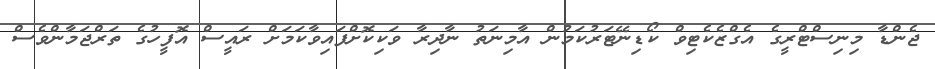
ޖެންޑާ މިނިސްޓްރީގެ އެގްޒެކެޓިވް ކޯޑިނޭޓަރުކަމުން އާމިނަތު ނާދިރާ ވަކިކޮށްފައިވާކަމަށް ރައީސް އޮފީހުގެ ތަރްޖަމާންވެސް